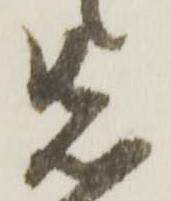
先